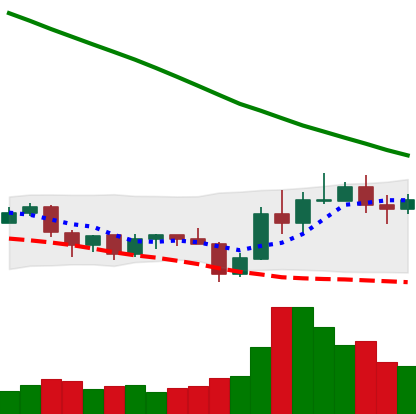
Ticker: ADA-USD
Chart end date: 2019-11-01
Forward return: 6.166%
Label: up_5_7